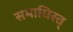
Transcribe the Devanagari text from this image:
समाधिस्त्